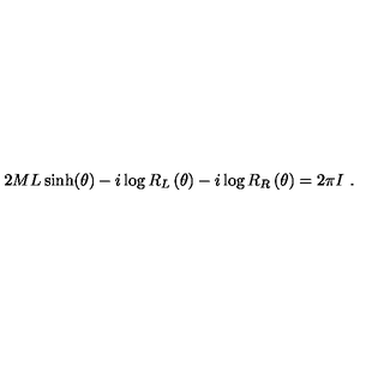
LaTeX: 2 M L \sinh ( \theta ) - i \log R _ { L } \left( \theta \right) - i \log R _ { R } \left( \theta \right) = 2 \pi I \ .